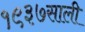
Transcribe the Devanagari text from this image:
१९३७साली